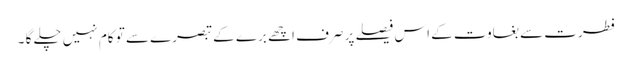
فطرت سے بغاوت کے اس فیصلے پر صرف اچھے برے کے تبصرے سے تو کام نہیں چلے گا ۔